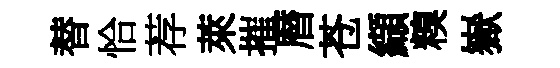
替恰荐萊摧暦苍纈糗嶽